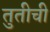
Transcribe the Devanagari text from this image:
तुतीची